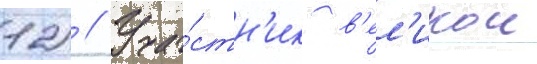
12) // Уча́стн'ик в'ел'икои